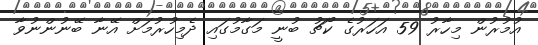
އުމުރުން މިހާރު 59 އަހަރުގެ ކޯޗު ބުނީ މަގާމުގައި ދެމިހުރުމަށް އޭނާ ބޭނުންނުވާ